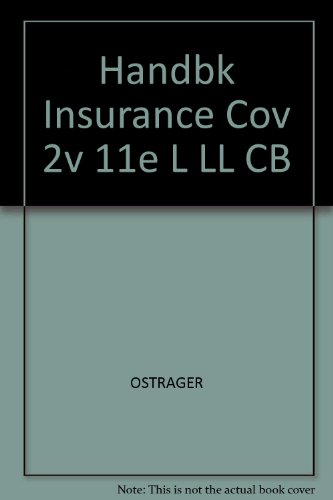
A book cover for Handbook on Insurance Coverage Disputes; Thomas R. Newman; Law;